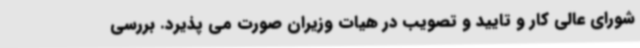
شورای عالی کار و تایید و تصویب در هیات وزیران صورت می پذیرد. بررسی